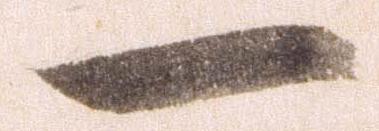
一